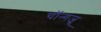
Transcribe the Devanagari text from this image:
चॉन्गजू